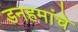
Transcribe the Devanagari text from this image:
डनहमांचे